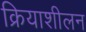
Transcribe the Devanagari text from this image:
क्रियाशीलन